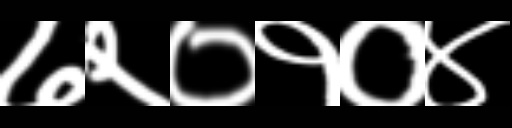
Text: ७२०१०४